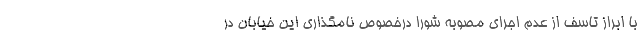
با ابراز تاسف از عدم اجرای مصوبه شورا درخصوص نامگذاری این خیابان در